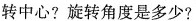
转中心?旋转角度是多少?